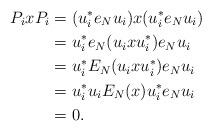
LaTeX: \begin{align*}P_ixP_i&=(u_i^*e_Nu_i)x(u_i^*e_Nu_i)\\&=u_i^*e_N(u_i x u_i^*)e_Nu_i\\&=u_i^*E_N(u_i x u_i^*)e_Nu_i\\&=u_i^*u_iE_N(x)u_i^*e_Nu_i\\&=0.\end{align*}